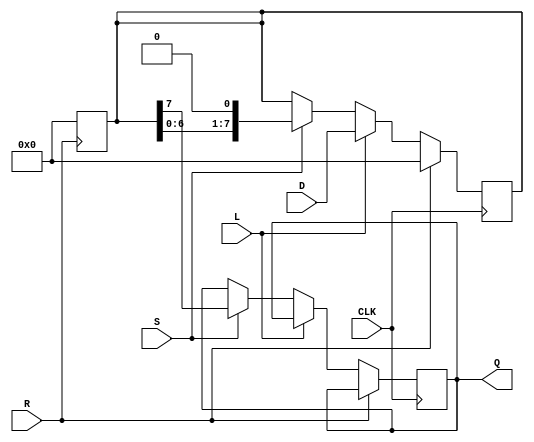
module PISO_Register #(
    parameter WIDTH = 8  // Parameter to set the width of the data inputs
)(
    input wire [WIDTH-1:0] D,  // Parallel data input
    input wire L,               // Load control signal
    input wire S,               // Shift control signal
    input wire CLK,             // Clock signal
    input wire R,               // Asynchronous reset signal
    output reg Q               // Serial output
);
  
    reg [WIDTH-1:0] R_reg;     // Internal register to hold the loaded data
    integer index;              // Index for shifting bits

    // Asynchronous reset
    always @(posedge R) begin
        R_reg <= {WIDTH{1'b0}}; // Clear the register
    end

    // Loading data or shifting data on clock edge
    always @(posedge CLK) begin
        if (R) begin
            R_reg <= {WIDTH{1'b0}};  // Reset register on R
        end else if (L) begin
            R_reg <= D;              // Load data into the register
        end else if (S) begin
            // Shift operation
            Q <= R_reg[WIDTH-1];     // Output the MSB
            R_reg <= {R_reg[WIDTH-2:0], 1'b0}; // Shift left
        end
    end

endmodule